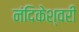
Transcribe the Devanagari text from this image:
नंदिकेश्वरी